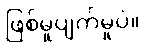
ဖြစ်မှုပျက်မှုပဲ။